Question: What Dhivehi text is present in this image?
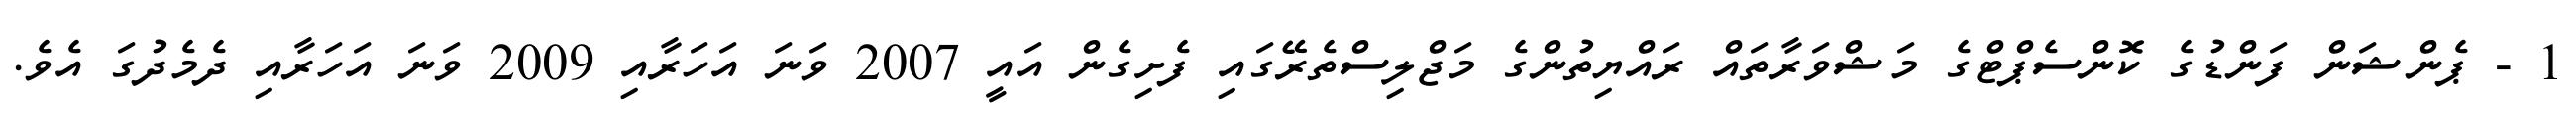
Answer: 1 - ޕެންޝަން ފަންޑުގެ ކޮންސެޕްޓްގެ މަޝްވަރާތައް ރައްޔިތުންގެ މަޖްލިސްތެރޭގައި ފެށިގެން އައީ 2007 ވަނަ އަހަރާއި 2009 ވަނަ އަހަރާއި ދެމެދުގަ އެވެ.